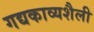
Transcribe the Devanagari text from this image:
गद्यकाव्यशैली